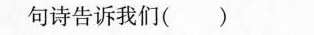
句诗告诉我们()